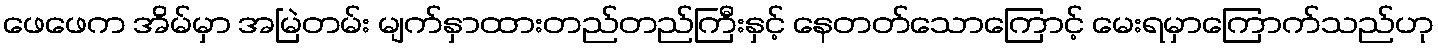
ဖေဖေက အိမ်မှာ အမြဲတမ်း မျက်နှာထားတည်တည်ကြီးနှင့် နေတတ်သောကြောင့် မေးရမှာကြောက်သည်ဟု